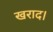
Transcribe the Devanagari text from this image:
खराद।